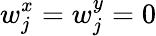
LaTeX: w_{j}^{x}=w_{j}^{y}=0